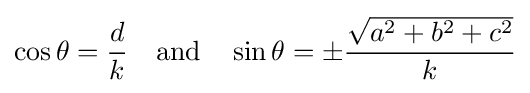
\cos \theta ={\frac {d}{k}}\quad {\mbox{and}}\quad \sin \theta =\pm {\frac {\sqrt {a^{2}+b^{2}+c^{2}}}{k}}